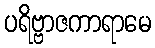
ပရိဗ္ဗာဇကာရာမေ